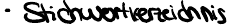
- Stichwortverzeichnis